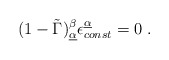
\begin{align*}(1- \tilde \Gamma)^\beta _{\underline {\alpha}} \epsilon_{const} ^{\underline{\alpha}} =0 \ .\end{align*}